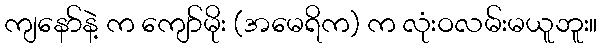
ကျနော်နဲ့ က ကျော်မိုး (အမေရိက) က လုံးဝလမ်းမယူဘူး။